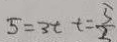
5 = 3 t t = \frac { 5 } { 2 }